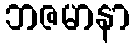
ဘဇမာနာ